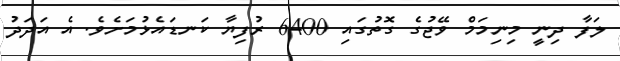
ލަފާ ދިނީ މިނިމަމް ވޭޖުގެ ގޮތުގައި 6400 ރުފިޔާ ކަނޑައެޅުމަށެވެ. އެ އަދަދު